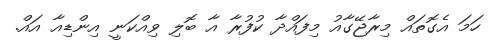
ހަމަ އެގޮތައް މިރާޖޭގާއު މިފައްދާ ކުފުރާ އާ ބޮލި ވިއްކަނީ އިންޑިއާ އައް.